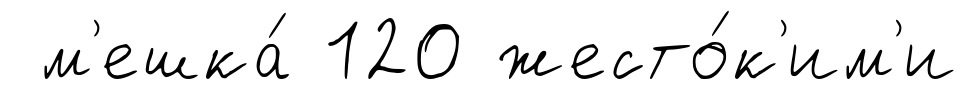
м'ешка́ 120 жесто́к'им'и